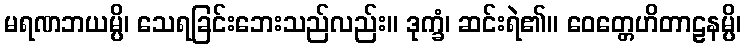
မရဏဘယမ္ပိ၊ သေရခြင်းဘေးသည်လည်း။ ဒုက္ခံ၊ ဆင်းရဲ၏။ ဝေတ္တေဟိတာဠနမ္ပိ၊